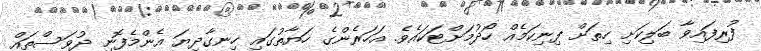
ފުރިފައިވާ ބަލިކަށި ހިތަށް ފިނިކަމެއް ހޯދުމަށްޓަކައެވެ. އަހަރެންގެ ހަޔާތުގައި ހިނގާދިޔަ އެންމެފޮނި ދުވަސްތައް